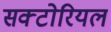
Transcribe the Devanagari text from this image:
सक्टोरियल